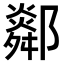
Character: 𨞧